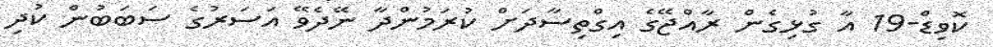
ކޮވިޑް-19 އާ ގުޅިގެން ރާއްޖޭގެ އިގްތިސާދަށް ކުރަމުންދާ ނޭދެވޭ އަސަރުގެ ސަބަބުން ކުދި